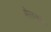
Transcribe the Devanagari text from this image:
मेलनचे